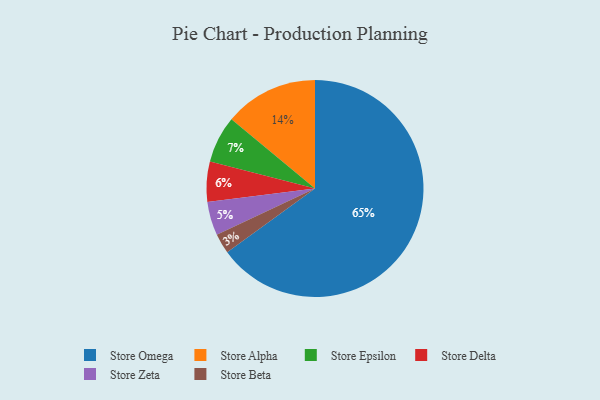
{"axis": {"x": "Category", "y": "Percentage"}, "legend": ["Store Alpha", "Store Beta", "Store Delta", "Store Epsilon", "Store Omega", "Store Zeta"], "data": [{"x": "Store Omega", "y": 65, "type": "Store Omega"}, {"x": "Store Alpha", "y": 14, "type": "Store Alpha"}, {"x": "Store Epsilon", "y": 7, "type": "Store Epsilon"}, {"x": "Store Beta", "y": 3, "type": "Store Beta"}, {"x": "Store Delta", "y": 6, "type": "Store Delta"}, {"x": "Store Zeta", "y": 5, "type": "Store Zeta"}]}